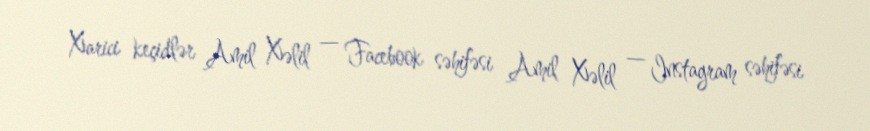
Xarici keçidlər Amil Xəlil — Facebook səhifəsi Amil Xəlil — Instagram səhifəsi